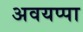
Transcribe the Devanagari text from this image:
अवयप्पा